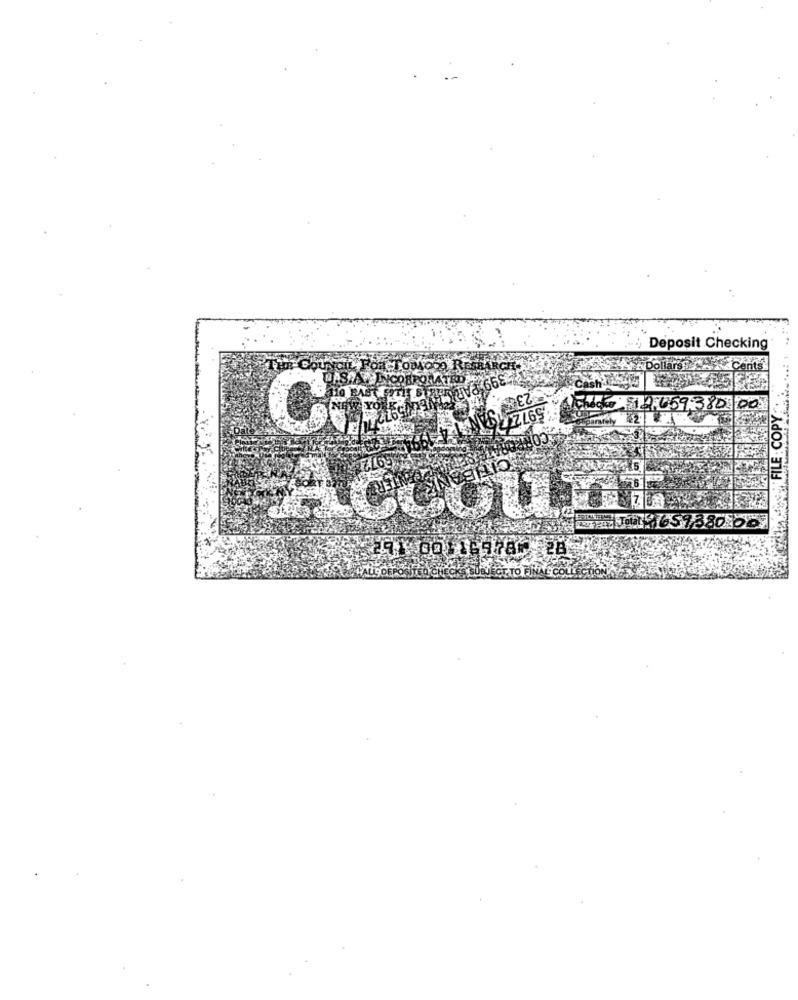
Deposit Checking
S.A.INCORPOMATED
FILE COPY
12,059380 00
parately
in
12 6573805
SUBJECT TO FINAL